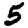
Digit: 5